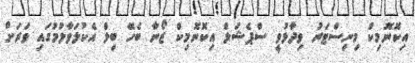
އިކޮނޮމިކް މިނިސްޓަރު ވިދާޅުވީ ސްޕެޝަލް އިކޮނޮމިކް ޒޯނާ ބެހޭ ބިލް އެކުލަވާލުމުގައި ވަރަށް